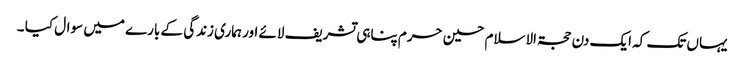
یہاں تک کہ ایک دن حجۃ الاسلام حسین حرم پناہی تشریف لائے اور ہماری زندگی کے بارے میں سوال کیا ۔